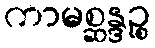
ကာမစ္ဆန္ဒဉ္စ